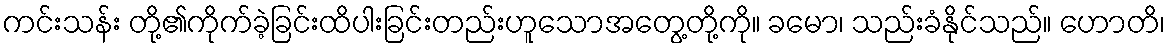
ကင်းသန်း တို့၏ကိုက်ခဲ့ခြင်းထိပါးခြင်းတည်းဟူသောအတွေ့တို့ကို။ ခမော၊ သည်းခံနိုင်သည်။ ဟောတိ၊